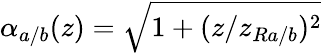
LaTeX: \alpha_{a/b}(z)=\sqrt{1+(z/z_{Ra/b})^{2}}